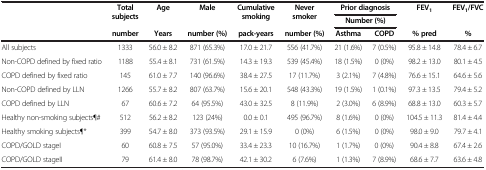
<table><thead><tr><td><b> </b></td><td><b>Total subjects </b></td><td><b>Age</b></td><td><b>Male </b></td><td><b>Cumulative smoking</b></td><td><b>Never smoker </b></td><td colspan="2"><b>Prior diagnosis</b></td><td><b>FEV<sub>1</sub></b></td><td><b>FEV<sub>1</sub>/FVC</b></td></tr><tr><td><b> </b></td><td><b> </b></td><td><b> </b></td><td><b> </b></td><td><b> </b></td><td><b> </b></td><td colspan="2"><b>Number (%)</b></td><td><b> </b></td><td><b> </b></td></tr><tr><td><b> </b></td><td><b>number</b></td><td><b>Years</b></td><td><b>number (%)</b></td><td><b>pack-years</b></td><td><b>number (%)</b></td><td><b>Asthma</b></td><td><b>COPD</b></td><td><b>% pred</b></td><td><b>%</b></td></tr></thead><tbody><tr><td>All subjects</td><td>1333</td><td>56.0 ± 8.2</td><td>871 (65.3%)</td><td>17.0 ± 21.7</td><td>556 (41.7%)</td><td>21 (1.6%)</td><td>7 (0.5%)</td><td>95.8 ± 14.8</td><td>78.4 ± 6.7</td></tr><tr><td>Non-COPD defined by fixed ratio</td><td>1188</td><td>55.4 ± 8.1</td><td>731 (61.5%)</td><td>14.3 ± 19.3</td><td>539 (45.4%)</td><td>18 (1.5%)</td><td>0 (0%)</td><td>98.2 ± 13.0</td><td>80.1 ± 4.5</td></tr><tr><td>COPD defined by fixed ratio</td><td>145</td><td>61.0 ± 7.7</td><td>140 (96.6%)</td><td>38.4 ± 27.5</td><td>17 (11.7%)</td><td>3 (2.1%)</td><td>7 (4.8%)</td><td>76.6 ± 15.1</td><td>64.6 ± 5.6</td></tr><tr><td>Non-COPD defined by LLN</td><td>1266</td><td>55.7 ± 8.2</td><td>807 (63.7%)</td><td>15.6 ± 20.1</td><td>548 (43.3%)</td><td>19 (1.5%)</td><td>1 (0.1%)</td><td>97.3 ± 13.5</td><td>79.4 ± 5.2</td></tr><tr><td>COPD defined by LLN</td><td>67</td><td>60.6 ± 7.2</td><td>64 (95.5%)</td><td>43.0 ± 32.5</td><td>8 (11.9%)</td><td>2 (3.0%)</td><td>6 (8.9%)</td><td>68.8 ± 13.0</td><td>60.3 ± 5.7</td></tr><tr><td>Healthy non-smoking subjects¶#</td><td>512</td><td>56.2 ± 8.2</td><td>123 (24%)</td><td>0.0 ± 0.1</td><td>495 (96.7%)</td><td>8 (1.6%)</td><td>0 (0%)</td><td>104.5 ± 11.3</td><td>81.4 ± 4.4</td></tr><tr><td>Healthy smoking subjects¶*</td><td>399</td><td>54.7 ± 8.0</td><td>373 (93.5%)</td><td>29.1 ± 15.9</td><td>0 (0%)</td><td>6 (1.5%)</td><td>0 (0%)</td><td>98.0 ± 9.0</td><td>79.7 ± 4.1</td></tr><tr><td>COPD/GOLD stageI</td><td>60</td><td>60.8 ± 7.5</td><td>57 (95.0%)</td><td>33.4 ± 23.3</td><td>10 (16.7%)</td><td>1 (1.7%)</td><td>0 (0%)</td><td>90.4 ± 8.8</td><td>67.4 ± 2.6</td></tr><tr><td>COPD/GOLD stageII</td><td>79</td><td>61.4 ± 8.0</td><td>78 (98.7%)</td><td>42.1 ± 30.2</td><td>6 (7.6%)</td><td>1 (1.3%)</td><td>7 (8.9%)</td><td>68.6 ± 7.7</td><td>63.6 ± 4.8</td></tr></tbody></table>